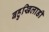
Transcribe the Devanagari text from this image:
बहुखिलाडी